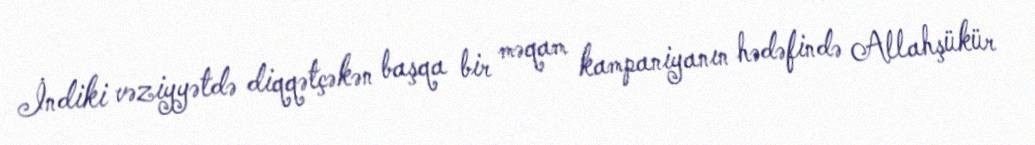
İndiki vəziyyətdə diqqətçəkən başqa bir məqam kampaniyanın hədəfində Allahşükür